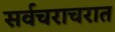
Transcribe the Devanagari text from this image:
सर्वचराचरात